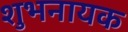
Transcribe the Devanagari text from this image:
शुभनायक